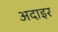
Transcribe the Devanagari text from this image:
अदाइर